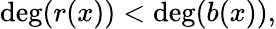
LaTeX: \deg(r(x))<\deg(b(x)),